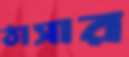
ঠাসার